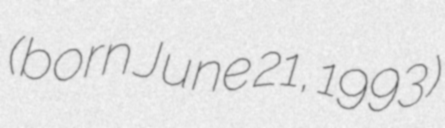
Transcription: (born June 21, 1993)